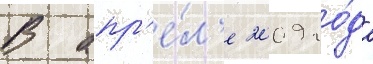
В апр'е́л'е 2009 го́да